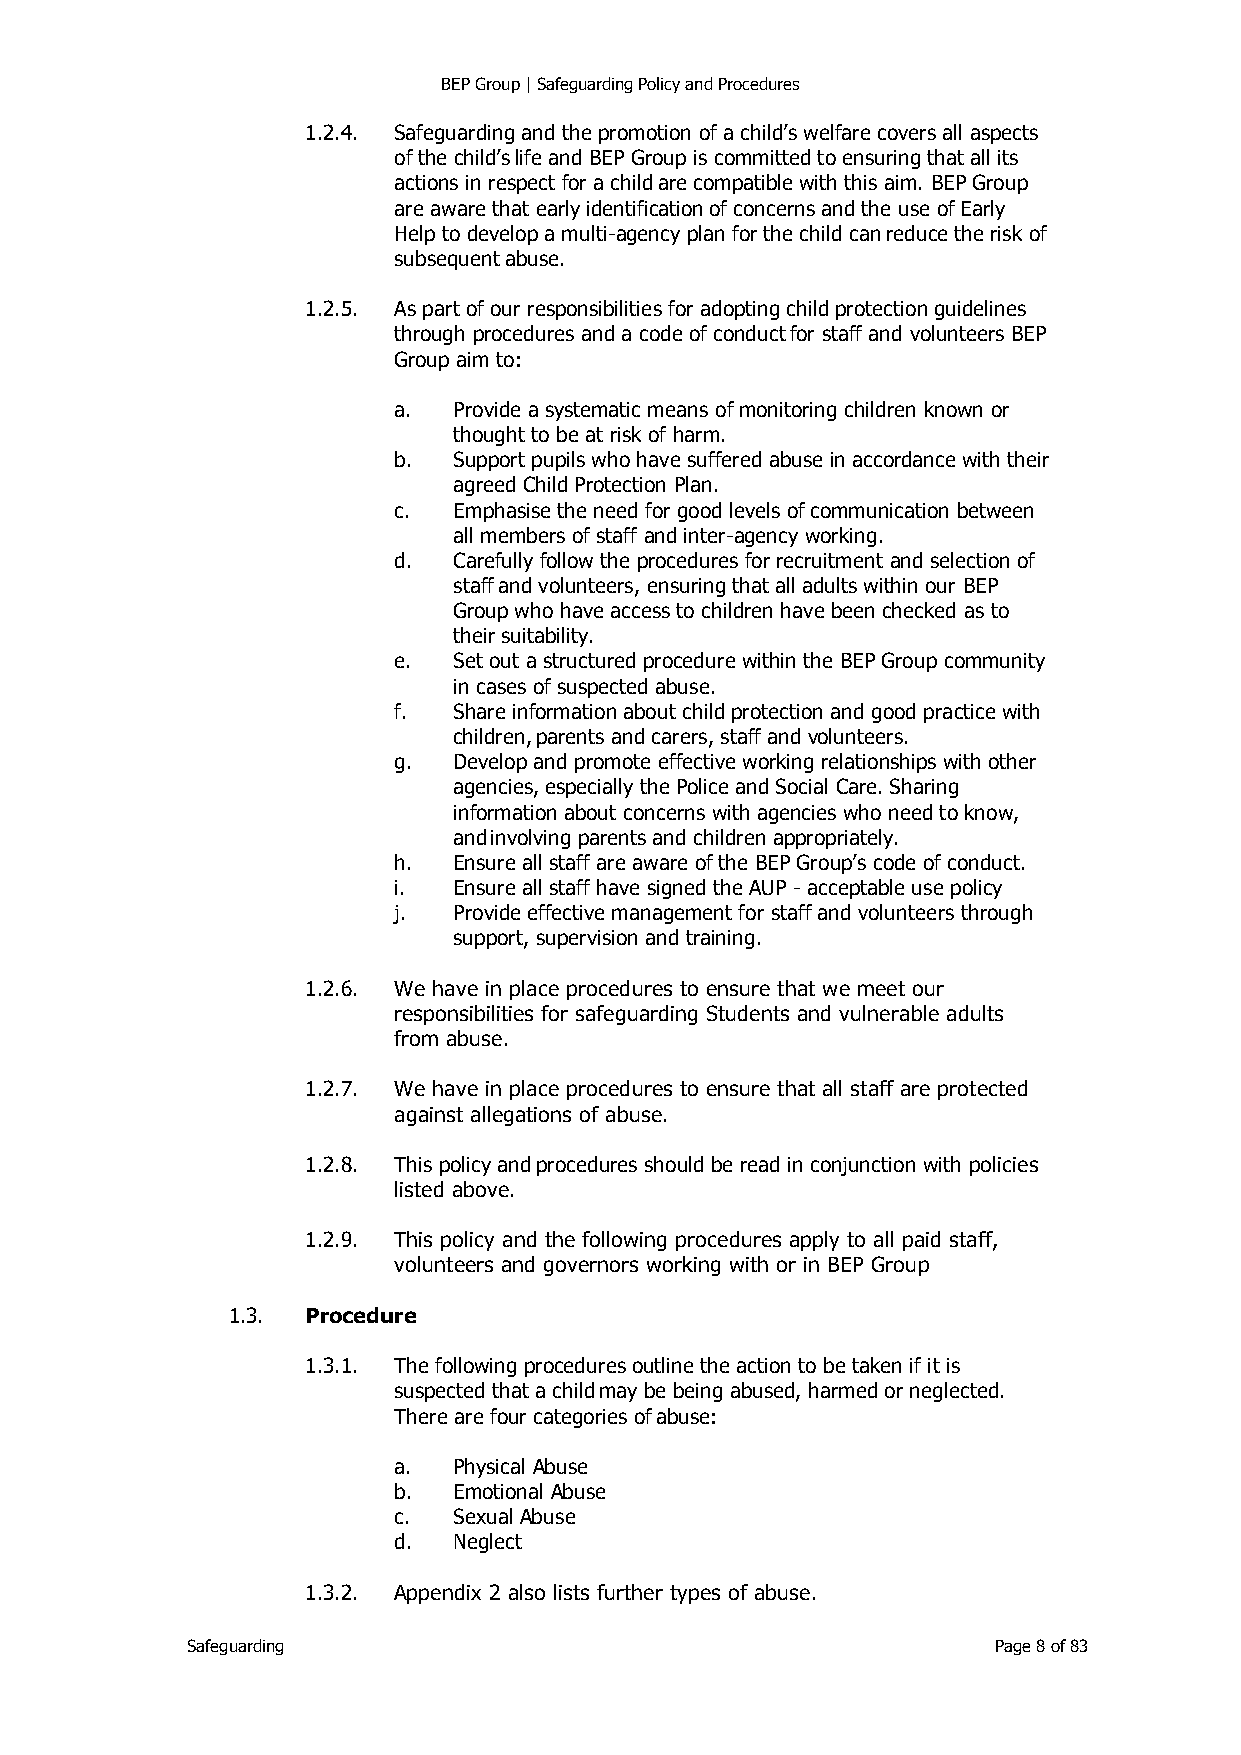
BEP Group | Safeguarding Policy and Procedures
 1.2.4. Safeguarding and the promotion of a child’s welfare covers all aspects
 of the child’s life and BEP Group is committed to ensuring that all its
 actions in respect for a child are compatible with this aim. BEP Group
 are aware that early identification of concerns and the use of Early
 Help to develop a multi-agency plan for the child can reduce the risk of
 subsequent abuse.
 1.2.5. As part of our responsibilities for adopting child protection guidelines
 through procedures and a code of conduct for staff and volunteers BEP
 Group aim to:
 a.  Provide a systematic means of monitoring children known or
 thought to be at risk of harm.
 b.  Support pupils who have suffered abuse in accordance with their
 agreed Child Protection Plan.
 c.  Emphasise the need for good levels of communication between
 all members of staff and inter-agency working.
 d.  Carefully follow the procedures for recruitment and selection of
 staff and volunteers, ensuring that all adults within our BEP
 Group who have access to children have been checked as to
 their suitability.
 e.  Set out a structured procedure within the BEP Group community
 in cases of suspected abuse.
 f.  Share information about child protection and good practice with
 children, parents and carers, staff and volunteers.
 g.  Develop and promote effective working relationships with other
 agencies, especially the Police and Social Care. Sharing
 information about concerns with agencies who need to know,
 and involving parents and children appropriately.
 h.  Ensure all staff are aware of the BEP Group’s code of conduct.
 i.  Ensure all staff have signed the AUP - acceptable use policy
 j.  Provide effective management for staff and volunteers through
 support, supervision and training.
 1.2.6. We have in place procedures to ensure that we meet our
 responsibilities for safeguarding Students and vulnerable adults
 from abuse.
 1.2.7. We have in place procedures to ensure that all staff are protected
 against allegations of abuse.
 1.2.8. This policy and procedures should be read in conjunction with policies
 listed above.
 1.2.9. This policy and the following procedures apply to all paid staff,
 volunteers and governors working with or in BEP Group
 1.3. Procedure
 1.3.1. The following procedures outline the action to be taken if it is
 suspected that a child may be being abused, harmed or neglected.
 There are four categories of abuse:
 a.  Physical Abuse
 b.  Emotional Abuse
 c.  Sexual Abuse
 d.  Neglect
 1.3.2. Appendix 2 also lists further types of abuse.
 Safeguarding                                          Page 8 of 83